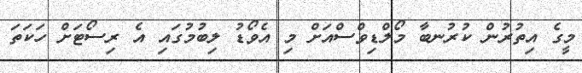
މީގެ އިތުރުން ކުރުނބާ މޯލްޑިވްސްއަށް މި އެވޯޑު ލިބުމުގައި އެ ރިސޯޓަށް ހަކަތަ